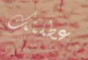
عطلتك